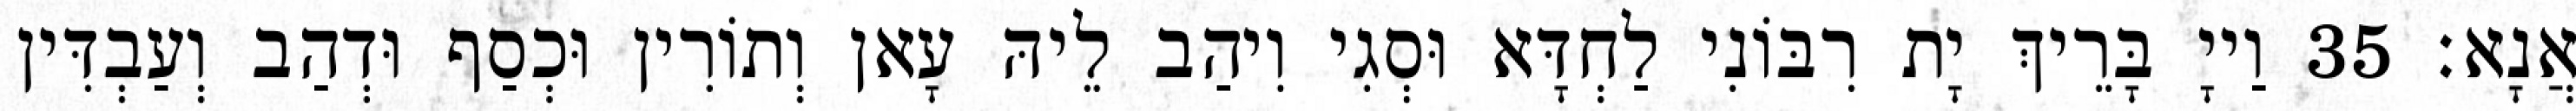
אֲנָא׃ 35 וַייָ בָּרֵיךְ יָת רִבּוֹנִי לַחְדָּא וּסְגִי וִיהַב לֵיהּ עָאן וְתוֹרִין וּכְסַף וּדְהַב וְעַבְדִּין